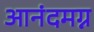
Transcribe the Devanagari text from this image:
आनंदमग्न